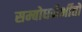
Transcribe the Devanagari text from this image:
सम्बोधनैर्भीतो